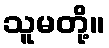
သူမတို့။